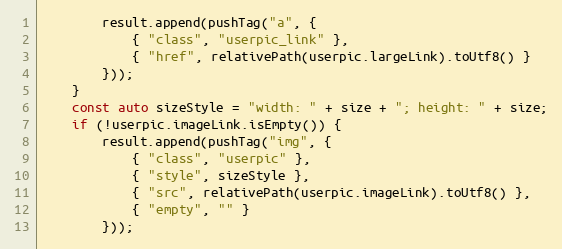
Language: C++
		result.append(pushTag("a", {
			{ "class", "userpic_link" },
			{ "href", relativePath(userpic.largeLink).toUtf8() }
		}));
	}
	const auto sizeStyle = "width: " + size + "; height: " + size;
	if (!userpic.imageLink.isEmpty()) {
		result.append(pushTag("img", {
			{ "class", "userpic" },
			{ "style", sizeStyle },
			{ "src", relativePath(userpic.imageLink).toUtf8() },
			{ "empty", "" }
		}));